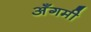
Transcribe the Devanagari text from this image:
अँगमी